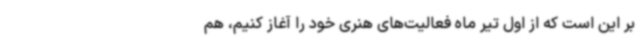
بر این است که از اول تیر ماه فعالیت‌های هنری خود را آغاز کنیم، هم